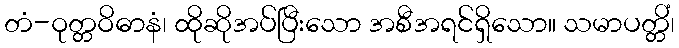
တံ-ဝုတ္တဝိဓာနံ၊ ထိုဆိုအပ်ပြီးသော အစီအရင်ရှိသော။ သမာပတ္တိံ၊